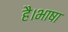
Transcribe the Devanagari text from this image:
है।भाषा